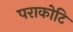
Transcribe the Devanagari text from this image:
पराकोटि